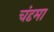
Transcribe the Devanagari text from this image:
चंदृमा